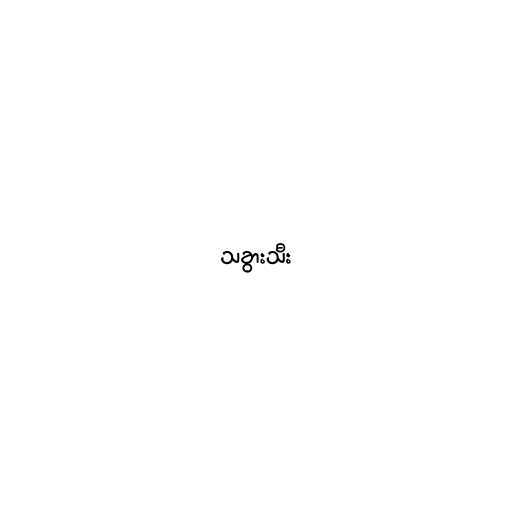
သခွားသီး